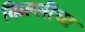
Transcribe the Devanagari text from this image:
किल्लीचा